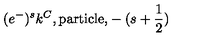
( e ^ { - } ) ^ { s } k ^ { C } \mathrm { , p a r t i c l e , } - ( s + \frac { 1 } { 2 } )